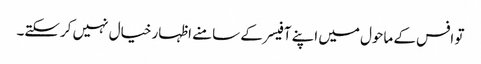
تو افس کے ماحول میں اپنے آفیسر کے سامنے اظہار خیال نہیں کرسکتے۔